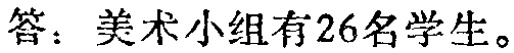
答：美术小组有26名学生。